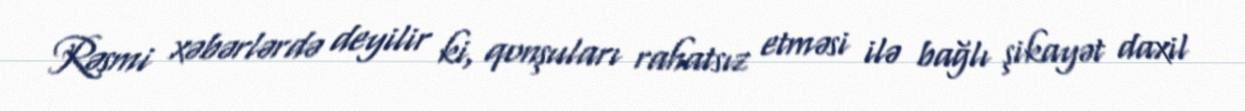
Rəsmi xəbərlərdə deyilir ki, qonşuları rahatsız etməsi ilə bağlı şikayət daxil